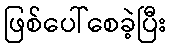
ဖြစ်ပေါ်စေခဲ့ပြီး